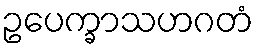
ဥပေက္ခာသဟဂတံ